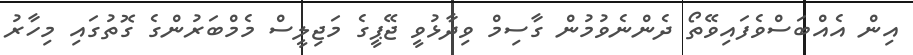
އިން އެއްބަސްވެފައިވޭތޯ ދެންނެވުމުން ގާސިމް ވިދާޅުވީ ޖޭޕީގެ މަޖިލީސް މެމްބަރުންގެ ގޮތުގައި މިހާރު